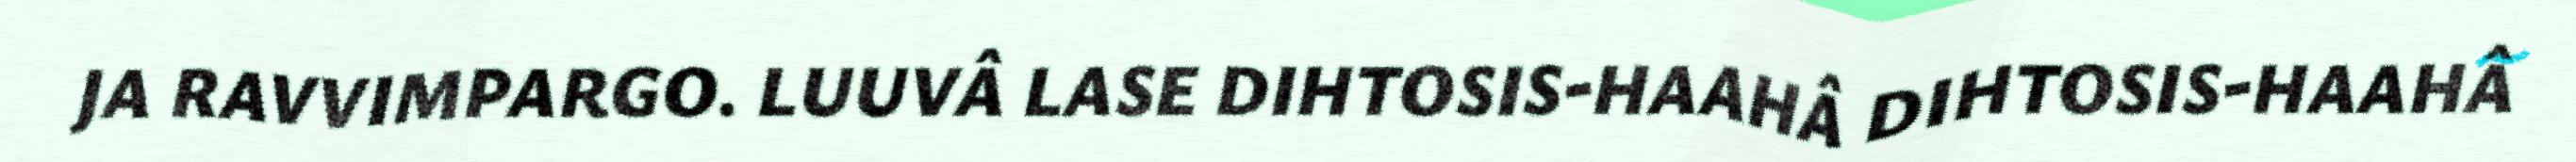
JA RAVVIMPARGO. LUUVÂ LASE DIHTOSIS-HAAHÂ DIHTOSIS-HAAHÂ